Annual report on the working of the lock hospitals in the Central Provinces
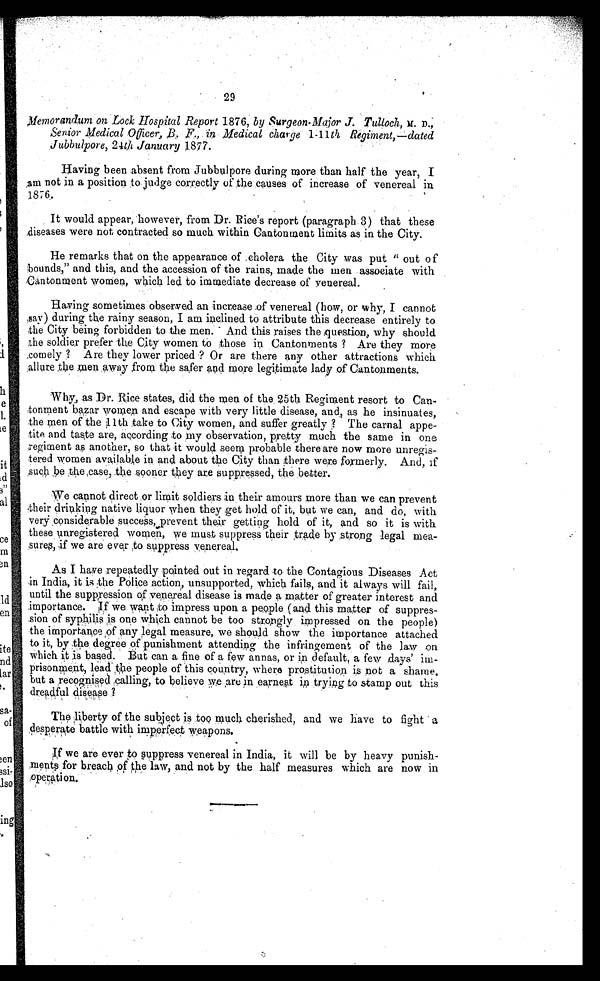
29
Memorandum on Lock Hospital Report 1876, by Surgeon Major J. Tulloch, M. D.;
Senior Medical Officer, B. in Medical chat ge 1 11th, Regiment,—dated
Jubbulpore, 240 January 1877.
Having been absent from Jubbulpore during more than half the year, I
am not in a position to judge correctly of the causes of increase of venereal in
1876.
It would appear, however, from Dr. Rice's report (paragraph. 3) that these
.diseases were not contracted so much. within Cantonment limits as in the City.
He remarks that on the appearance of .cb.olera the City was put " out o f
bounds," and this, and the accession of the rains, made the men associate with
Cantonment women, which led to immediate decrease of venereal.
Having sometimes observed. an increase .of venereal (how, or why, I cannot
.say) during the rainy season, I am inclined to attribute this decrease entirely to
the City being forbidden to the men.
And this raises the equestion,, why should
the soldier prefer the. City women to those in Cantonments ? Are they more
,comely ? Are they lower priced ? Or are there any other attractions which,
Allure the ;men ,away from the safer acid more legitimate lady of Cantonments.
Why as Dr. Rice states, did the men of the 25th Regiment resort to Can
tonment bazar women and escape with very little disease, and, as he insinuates,
the men of the 11th take to City women, and suffer greatly ? The carnal appe
tite and taste are, according to my observation, pretty much the same in one
Tegiment as another, so that it would seem probable there are now more unregis
tered women available in and about the City than ;there were formerly. And, lf
such ,be the,case, the sooner they are suppressed, the better.
We cannot direct or limit soldiers in their amours more than we can prevent
•their drinking native liquor when they get hold of it, but we can, and do, with
very considerable success,..prevent their getting hold of it, and so it is with
these unregistered women, we must suppress their trade by .strong legal mea
sures, if we are ever to suppress venereal.
As I have repeatedly pointed out in regard to the Contagious Diseases Act
in India, it is :the Police action, unsupported, which fails, and it always will fail,
until the suppression of venereal disease is made a matter of greater interest and
.importance. If we want to impress upon a people (and this matter of suppres
sion of syphilis is one which cannot be too strongly impressed on the people)
the importance ,of any legal measure, we should show the importance attached
to it, by the degree of punishment attending the infringement of the law on
which it is based. tut can a fine of a few annas, or in default, a few days'
prisonment, lead the people of this country, where prostitution is not a shame,
but a recognisecl „calling, to believe 7;e are in earnest in trying to stamp out this
dreadful disease ?
The liberty of the subject is too much cherished, and we have to fight a
desperate battle with imp,erfect weapon$.
If we are ever to,oppress venereal in India, it will be by heavy punish
ments for breach of the law, and not by the half measures which are now in
qeration.